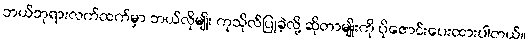
ဘယ်ဘုရားလက်ထက်မှာ ဘယ်လိုမျိုး ကုသိုလ်ပြုခဲ့လို့ ဆိုတာမျိုးကို ပိုဇောင်းပေးထားပါတယ်။